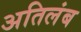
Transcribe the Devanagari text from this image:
अतिलंब